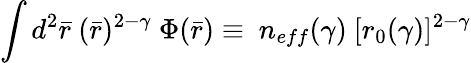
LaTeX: \int d^{2}{\bar{r}}\ ({\bar{r}})^{2-\gamma}\ \Phi({\bar{r}})\equiv\ n_{eff}(\gamma)\ [r_{0}(\gamma)]^{2-\gamma}